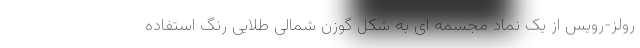
رولز-رویس از یک نماد مجسمه ای به شکل گوزن شمالی طلایی رنگ استفاده